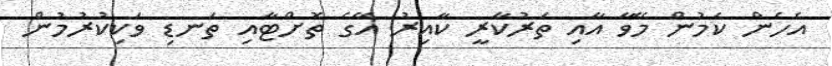
އެހެން ކަމުން މޭވާ އާއި ތަރުކާރީ ކާއިރު އޭގެ ތޮށްޓާއި ތަނޑި ވަކިކުރުމުން